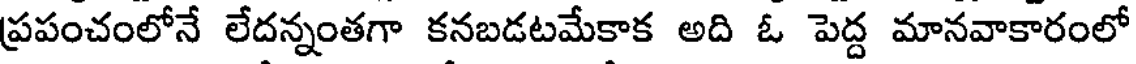
ప్రపంచంలోనే లేదన్నంతగా కనబడటమేకాక అది ఓ పెద్ద మానవాకారంలో